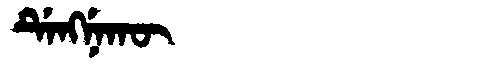
Manchu: ᡩᡝᠩᠨᡝᡴᡡ
Romanization: DENGNEKŪ